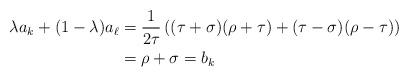
LaTeX: \begin{align*}\lambda a_k + (1-\lambda) a_{\ell} & = \frac{ 1}{2 \tau} \left( (\tau + \sigma)(\rho + \tau) + (\tau - \sigma)(\rho - \tau) \right) \\ & = \rho + \sigma = b_k\end{align*}